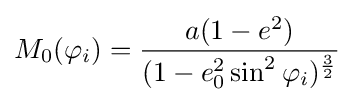
M_{0}(\varphi _{i})={\frac {a(1-e^{2})}{(1-e_{0}^{2}\sin ^{2}\varphi _{i})^{\frac {3}{2}}}}